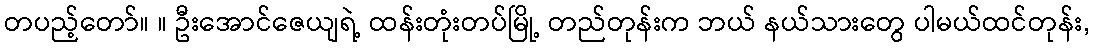
တပည့်တော်။ ။ ဦးအောင်ဇေယျရဲ့ ထန်းတုံးတပ်မြို့ တည်တုန်းက ဘယ် နယ်သားတွေ ပါမယ်ထင်တုန်း,